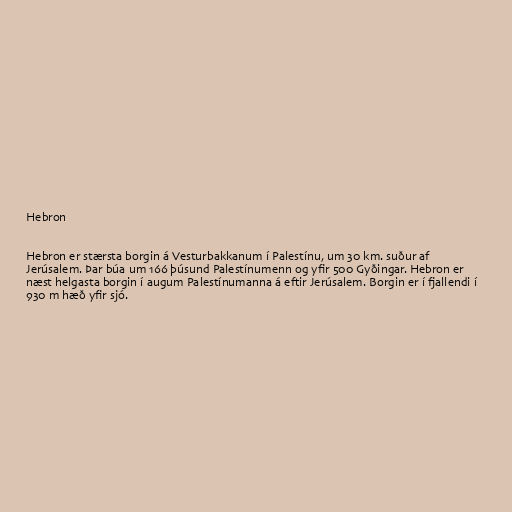
Hebron

Hebron er stærsta borgin á Vesturbakkanum í Palestínu, um 30 km. suður af
Jerúsalem. Þar búa um 166 þúsund Palestínumenn og yfir 500 Gyðingar. Hebron er
næst helgasta borgin í augum Palestínumanna á eftir Jerúsalem. Borgin er í fjallendi í
930 m hæð yfir sjó.